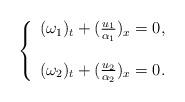
LaTeX: \begin{align*}\left\{ \begin{array}{ll} (\omega_{1})_t+(\frac{u_1}{\alpha_1})_x=0, \\ \\ (\omega_{2})_t+(\frac{u_2}{\alpha_2})_x=0. \end{array} \right.\end{align*}